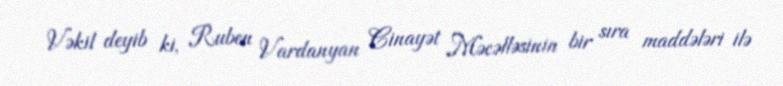
Vəkil deyib ki, Ruben Vardanyan Cinayət Məcəlləsinin bir sıra maddələri ilə